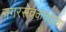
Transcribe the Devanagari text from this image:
नगरसेवकपदाचा